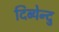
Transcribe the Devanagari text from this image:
दिब्येन्दु